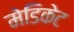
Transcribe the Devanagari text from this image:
मेडिकेट